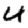
Digit: 4